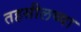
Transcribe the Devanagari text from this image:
तहसीलच्या